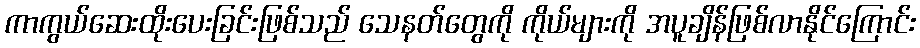
ကာကွယ်ဆေးထိုးပေးခြင်းဖြစ်သည် သေနတ်တွေကို ကိုယ်များကို အပူချိန်ဖြစ်လာနိုင်ကြောင်း